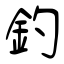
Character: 釣